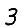
Digit: 3